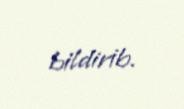
bildirib.